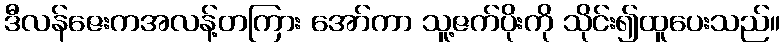
ဒီလန်ဇေးကအလန့်တကြား အော်ကာ သူ့ဇက်ပိုးကို သိုင်း၍ထူပေးသည်။